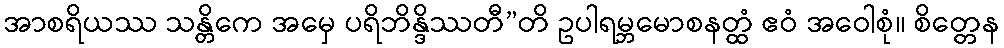
အာစရိယဿ သန္တိကေ အမှေ ပရိဘိန္ဒိဿတီ”တိ ဥပါရမ္ဘမောစနတ္ထံ ဧဝံ အဝေါစုံ။ စိတ္တေန